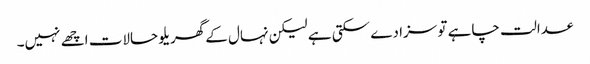
عدالت چاہے تو سزا دے سکتی ہے لیکن نہال کے گھریلو حالات اچھے نہیں۔